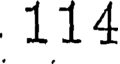
114